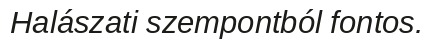
Halászati szempontból fontos.